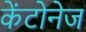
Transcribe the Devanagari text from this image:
केंटोनेज